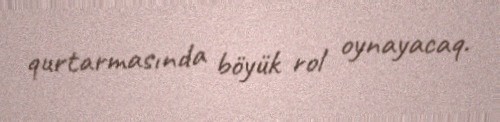
qurtarmasında böyük rol oynayacaq.